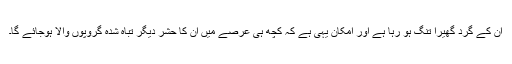
ان کے گرد گھیرا تنگ ہو رہا ہے اور امکان یہی ہے کہ کچھ ہی عرصے میں ان کا حشر دیگر تباہ شدہ گروپوں والا ہوجائے گا۔